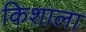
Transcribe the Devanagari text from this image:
किशाला